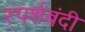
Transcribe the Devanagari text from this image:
स्पर्शबंदी